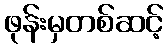
ဖုန်းမှတစ်ဆင့်